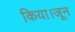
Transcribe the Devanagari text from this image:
किया।जून